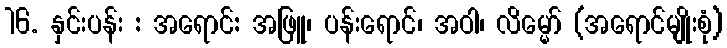
16. နှင်းပန်း : အရောင်: အဖြူ၊ ပန်းရောင်၊ အဝါ၊ လိမ္မော် (အရောင်မျိုးစုံ)